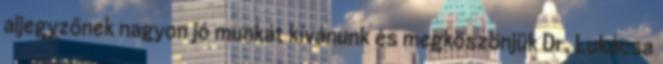
aljegyzőnek nagyon jó munkát kívánunk és megköszönjük Dr. Lukácsa